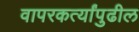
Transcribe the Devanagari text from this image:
वापरकर्त्यांपुढील